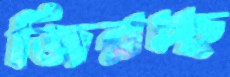
জিরচ্ছ